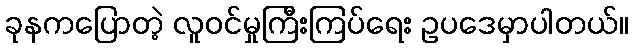
ခုနကပြောတဲ့ လူဝင်မှုကြီးကြပ်ရေး ဥပဒေမှာပါတယ်။